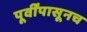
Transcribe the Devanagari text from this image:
पूर्वींपासूनच